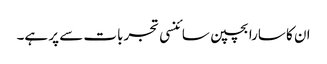
ان کا سارا بچپن سائنسی تجربات سے پر ہے۔